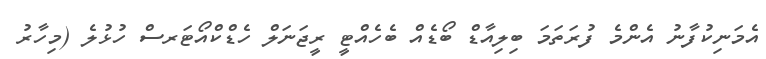
އެމަނިކުފާނު އެންމެ ފުރަތަމަ ބިލިއާޑް ބޯޑެއް ބެހެއްޓީ ރީޖަނަލް ހެޑްކްއޯޓަރސް ހުޅުލެ (މިހާރު